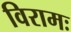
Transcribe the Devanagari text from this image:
विरामः